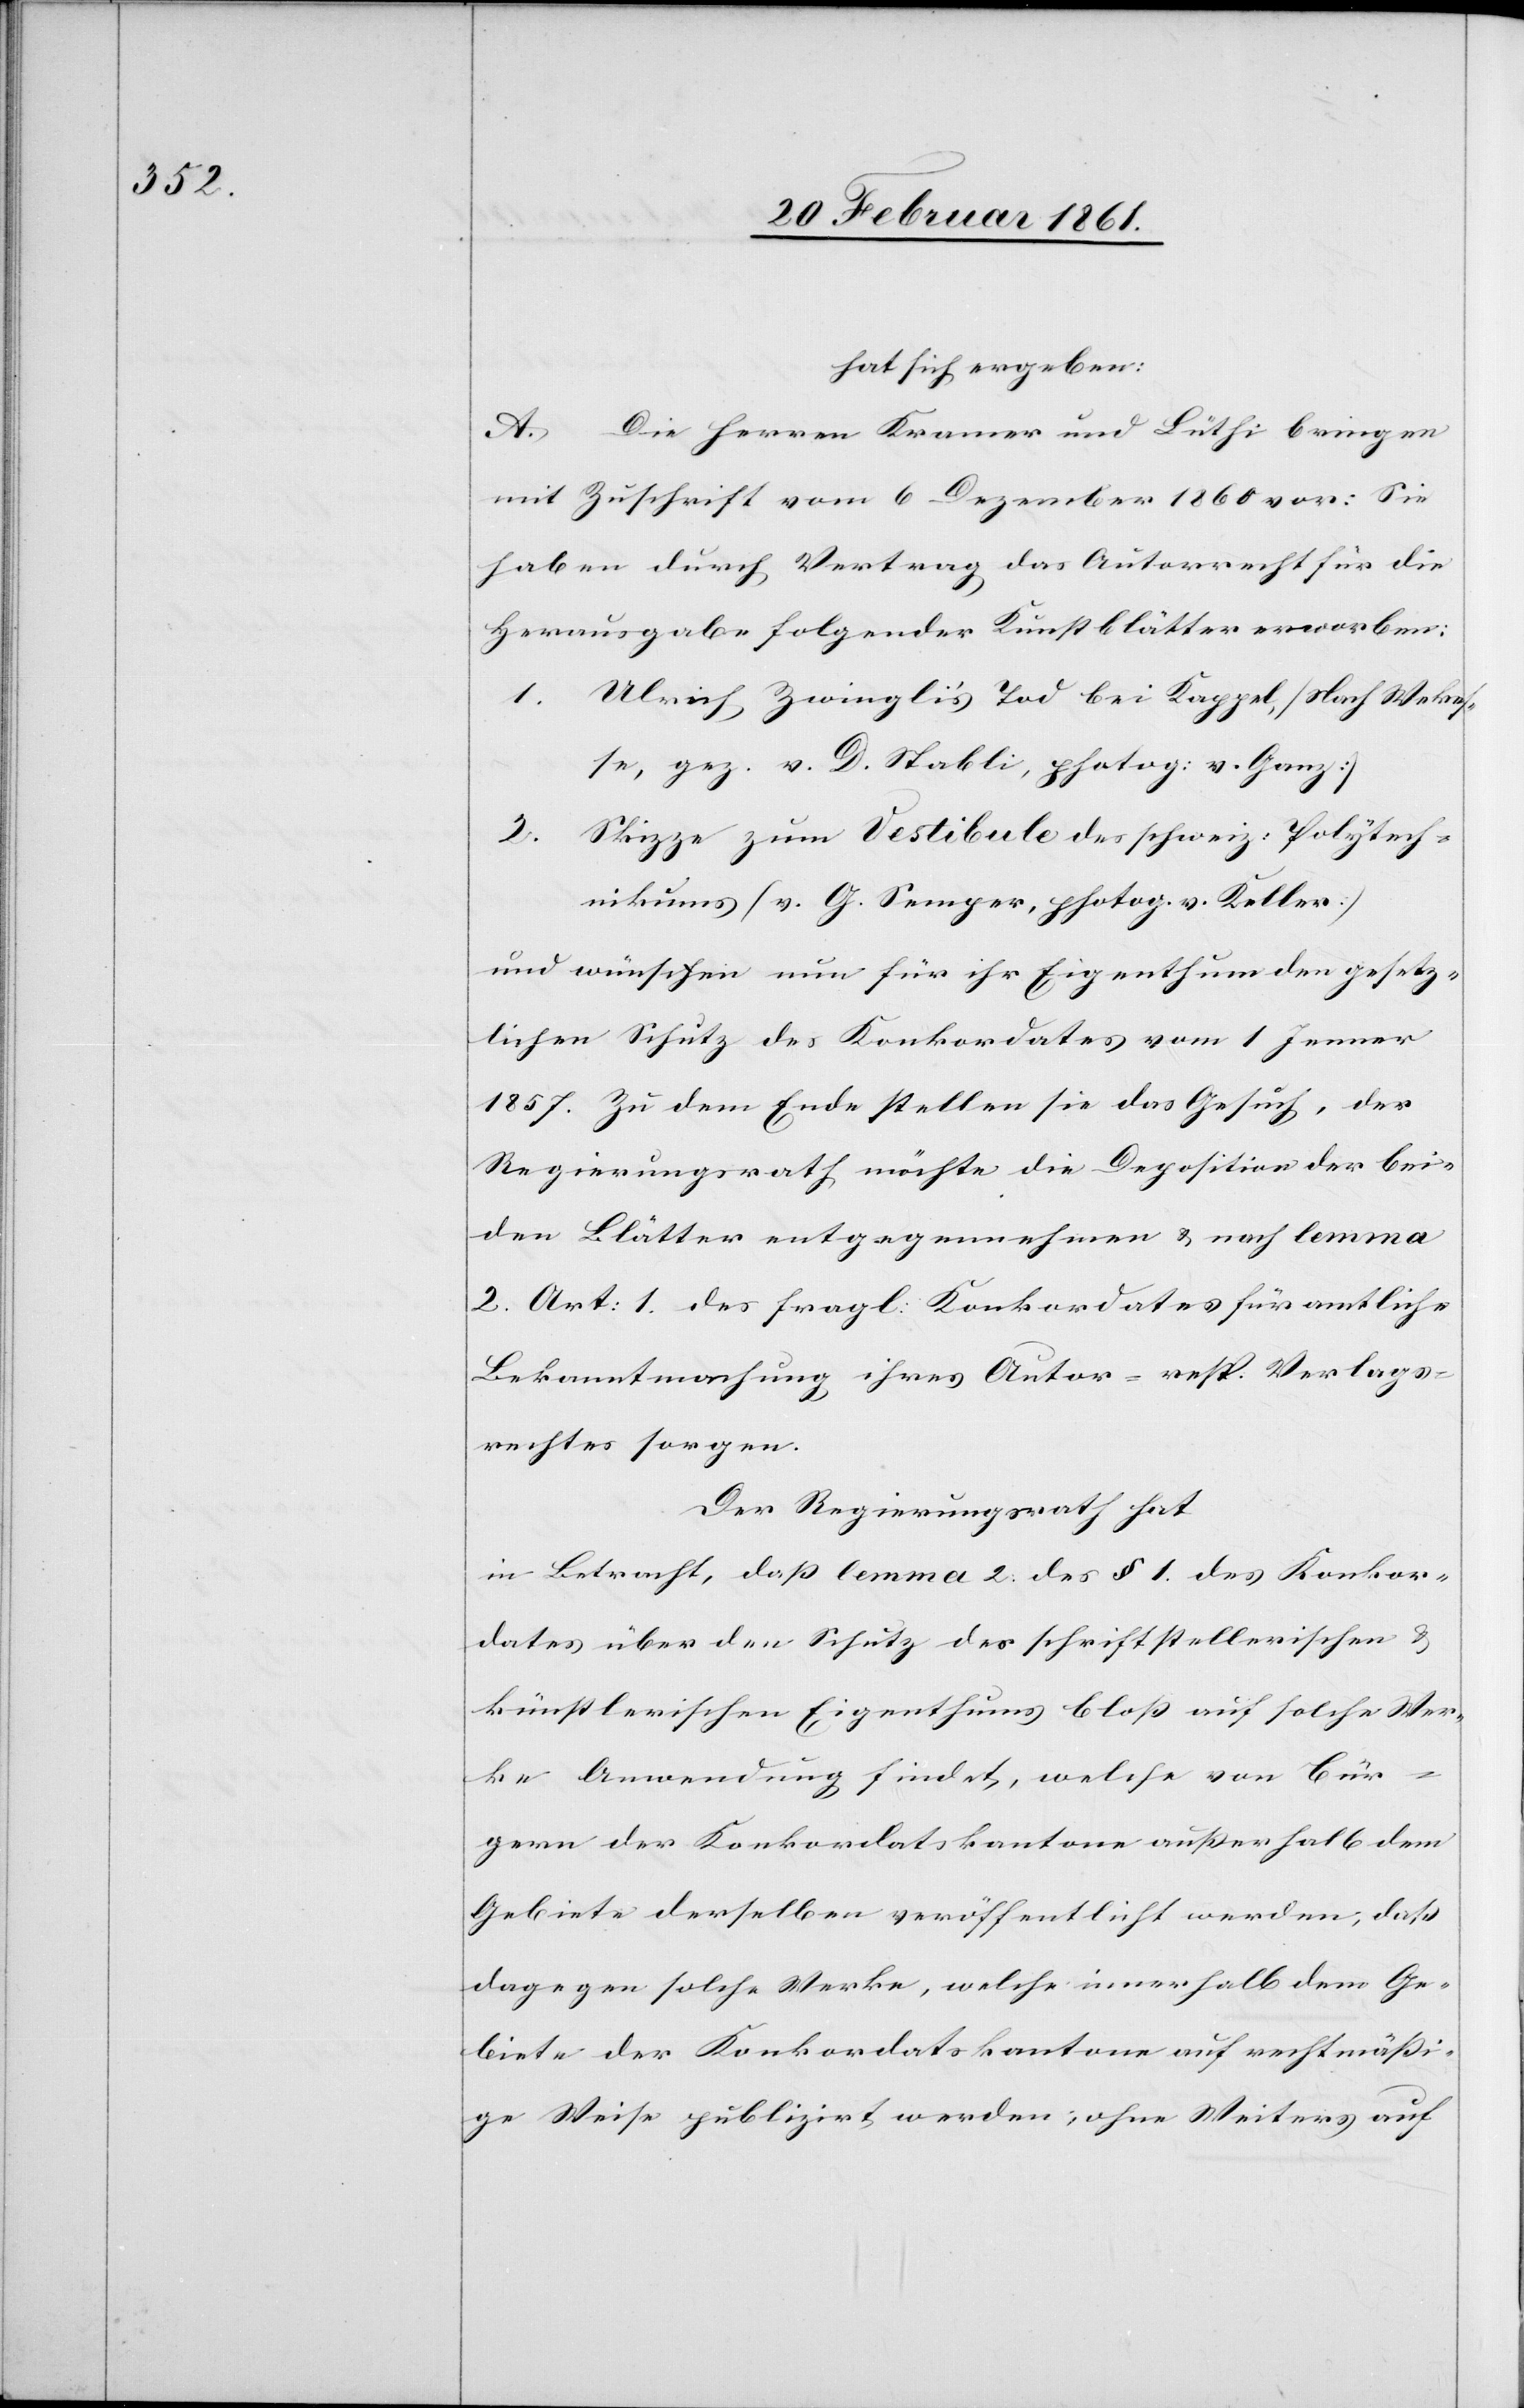
hat sich ergeben:
A. Die Herren Kramer und Lüthi bringen
mit Zuschrift vom 6. Dezember 1860 vor: Sie
haben durch Vertag das Autorrecht für die
Herausgabe folgender Kunstblätter erworben:
1. Ulrich Zwingli’s Tod bei Kappel (Nach Wekesse
kesser], gez. v. D. Stabli, photog: v. Ganz)
2. Skizze zum Vestibule des schweiz. Polytech¬
nikums (v. G. Sempter, photog. v. Keller)
und wünschen nun für ihr Eigenthum den gesetz¬
lichen Schutz des Konkordates vom 1. Jenner
1857. Zu dem Ende stellen sie das Gesuch, der
Regierungsrath möchte die Deposition der bei¬
den Blätter entgegennehmen u. nach lemma
2 Art. 1 des fragl: Konkordates für amtliche
Bekanntmachung ihres Autor- resp. Verlags¬
rechtes sorgen.
Der Regierungsrath hat
in Betracht, dass lemma 2 des § 1. des Konkor¬
dates über den Schutz des schriftstellerischen u.
künstlerischen Eigenthums bloss auf solche Wer¬
Wec¬
ke Anwendung findet, welche von Bür¬
gern der Konkordatskantone ausserhalb dem
Gebiete derselben veröffentlicht werden, dass
dagegen solche Werke, welche innerhalb dem Ge¬
biete der Konkordatskantone auf rechtmässi¬
ge Weise publizirt werden; ohne Weiters auf